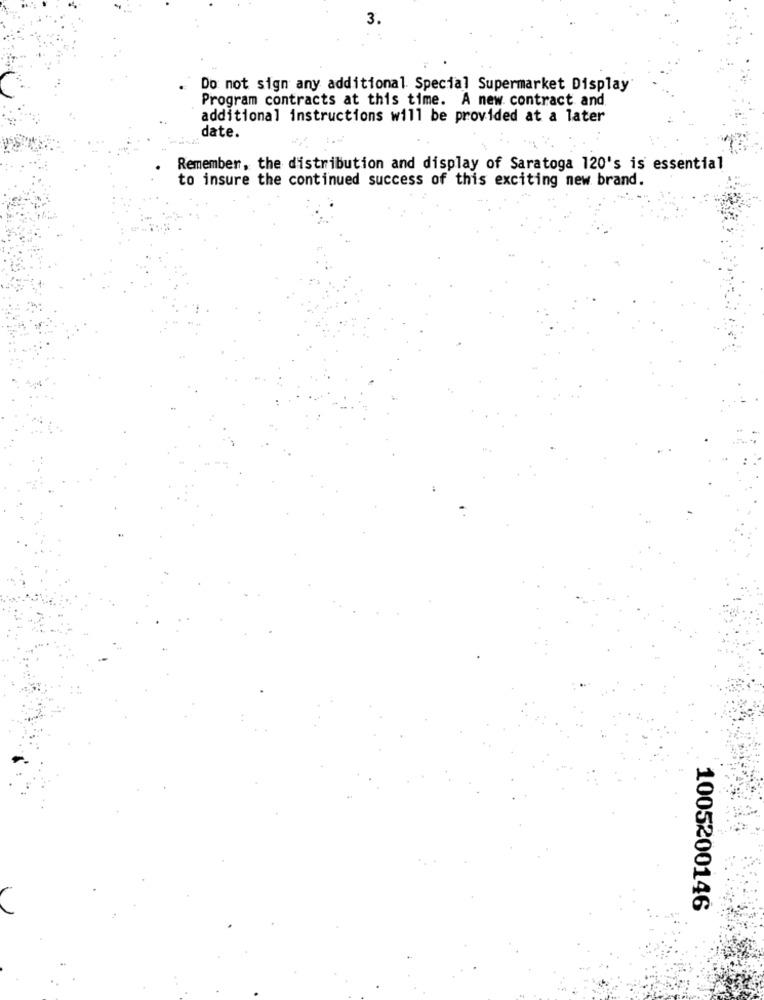
3.
Do not sign any additional Special Supermarket Display
Program contracts at this time. A new contract and
additional instructions will be provided at a later
date.
Remember, the distribution and display of Saratoga 120's is essential
to insure the continued success of this exciting new brand.
1005200146